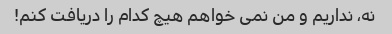
نه، نداریم و من نمی خواهم هیچ کدام را دریافت کنم!